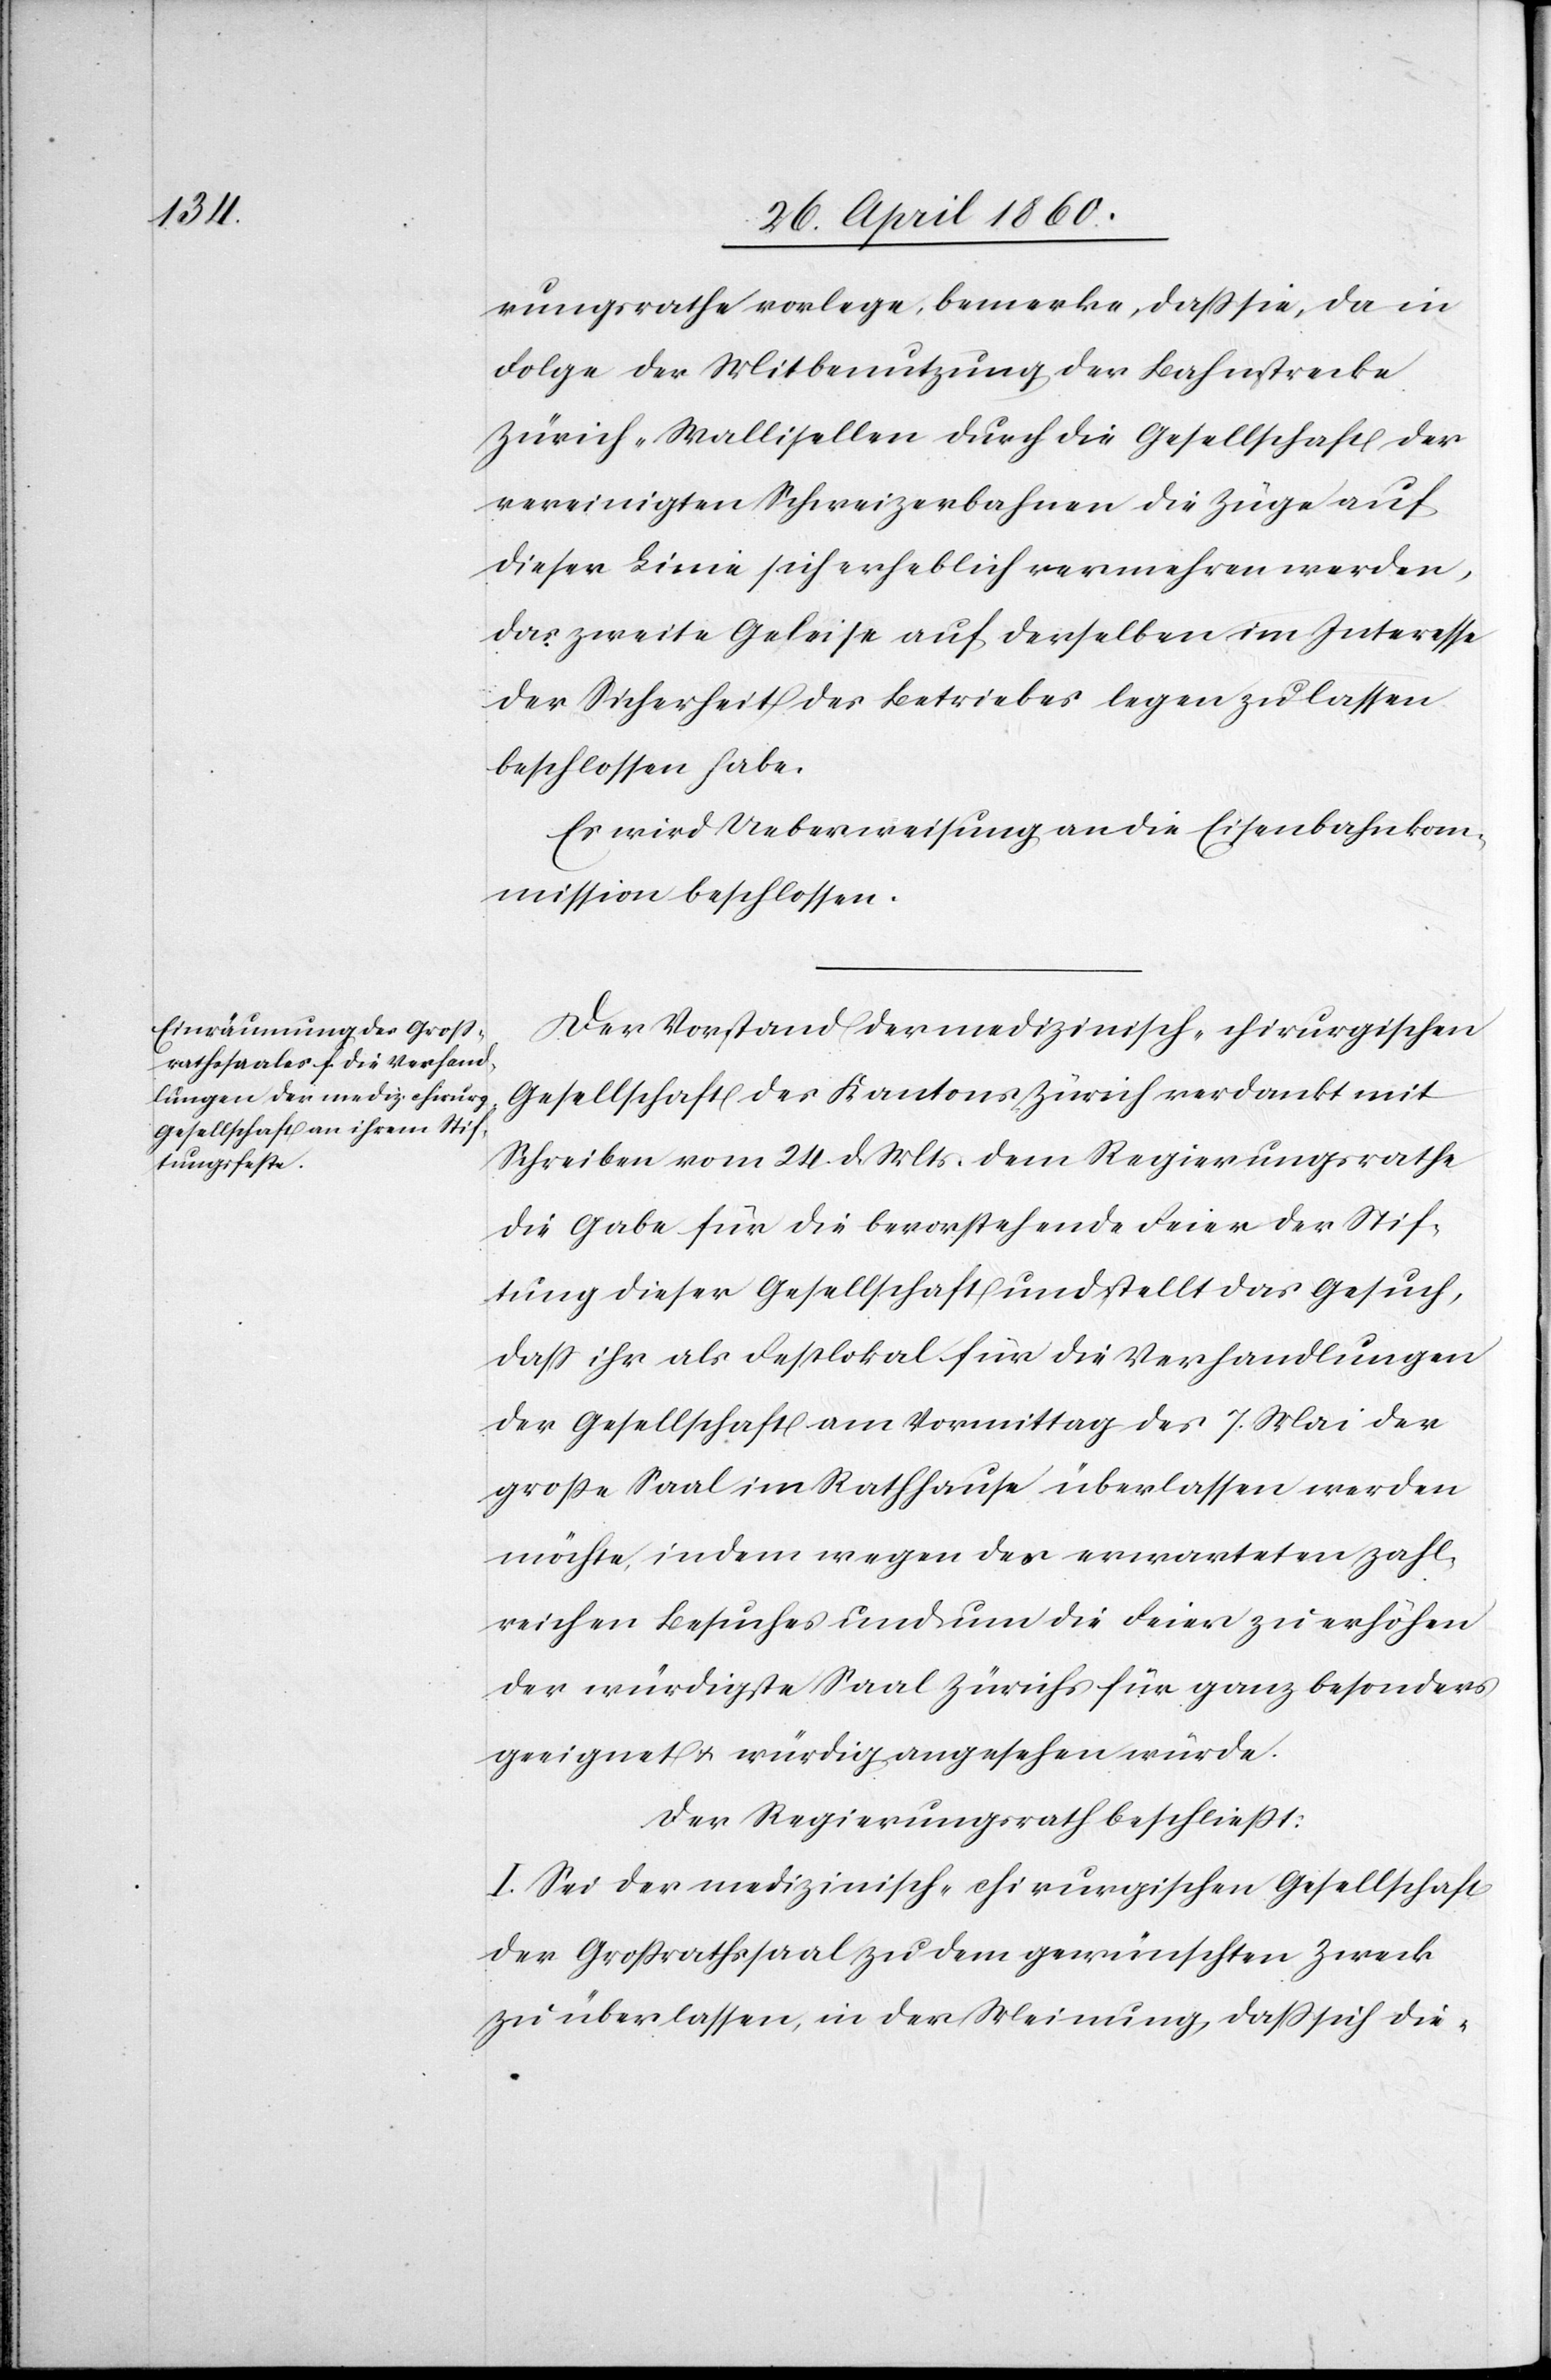
rungsrathe vorlege, bemerke, dass sie, da in
Folge der Mitbenutzung der Bahnstrecke
Zürich–Wallisellen durch die Gesellschaft der
vereinigten Schweizerbahnen die Züge auf
dieser Linie sich erheblich vermehren werden,
das zweite Geleise auf derselben im Interesse
der Sicherheit des Betriebes legen zu lassen
beschlossen habe.
Es wird Ueberweisung an die Eisenbahnkom¬
mission beschlossen.
Der Vorstand der medizinisch-chirurgischen
Gesellschaft des Kantons Zürich verdankt mit
Schreiben vom 24. d. Mts. dem Regierungsrathe
die Gabe für die bevorstehende Feier der Stif¬
tung dieser Gesellschaft und stellt das Gesuch,
dass ihr als Festlokal für die Verhandlungen
der Gesellschaft am Vormittag des 7. Mai der
grosse Saal im Rathhause überlassen werden
möchte, indem wegen des erwarteten zahl¬
reichen Besuches und um die Feier zu erhöhen
der würdigste Saal Zürichs für ganz besonders
geeignet u. würdig angesehen würde.
Der Regierungsrath beschliesst:
I. Sei der medizinisch-chirurgischen Gesellschaft
der Grossrathssaal zu dem gewünschten Zwecke
zu überlassen, in der Meinung, dass sich die-